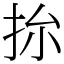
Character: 㧠